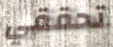
تحققي